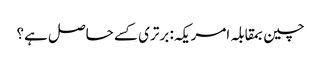
چین بمقابلہ امریکہ: برتری کسے حاصل ہے؟